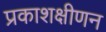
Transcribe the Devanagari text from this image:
प्रकाशक्षीणन